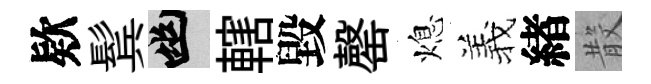
欵鬂幽轄毀罄熄羲緖𣪚